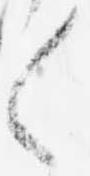
々